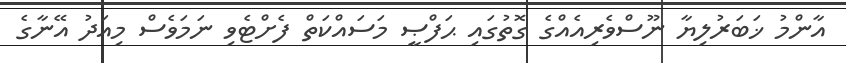
އާންމު ޚަބަރުލިޔާ ނޫސްވެރިއެއްގެ ގޮތުގައި ޙަފްޞީ މަސައްކަތް ފެށްޓެވި ނަމަވެސް މިއަދު އޭނާގެ